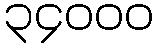
၃၄၀၀၀